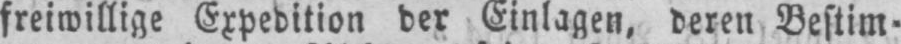
freiwillige Expedition der Einlagen, deren Bestim⸗